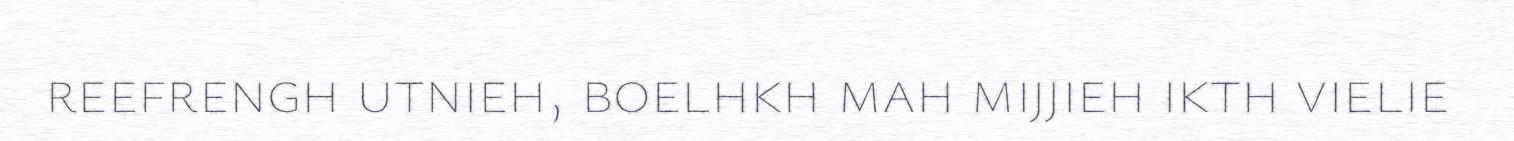
reefrengh utnieh, boelhkh mah mijjieh ikth vielie